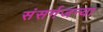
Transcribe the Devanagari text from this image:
संसर्गजन्या